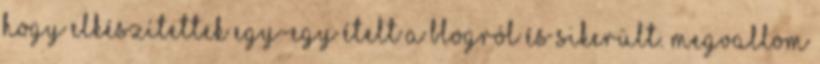
hogy elkészítettek egy-egy ételt a blogról és sikerült. Megvallom